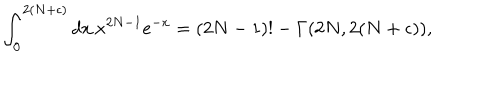
LaTeX: \int _ { 0 } ^ { 2 ( N + \epsilon ) } d x \, x ^ { 2 N - 1 } e ^ { - x } = ( 2 N - 1 ) ! - \Gamma ( 2 N , 2 ( N + \epsilon ) ) ,